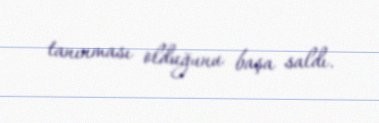
tanınması olduğunu başa saldı.